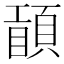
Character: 𥊾